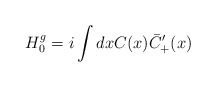
\begin{align*}H_{0}^{g}=i\int dx C(x)\bar C_{+}^{\prime}(x)\end{align*}